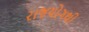
રાજયોગથી